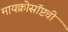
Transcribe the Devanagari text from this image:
मायक्रोसॉप्टची